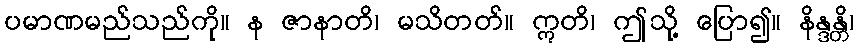
ပမာဏမည်သည်ကို။ န ဇာနာတိ၊ မသိတတ်။ ဣတိ၊ ဤသို့ ပြော၍။ နိန္ဒန္တိ၊